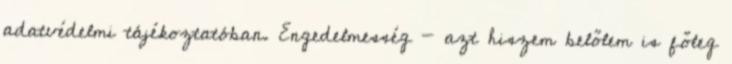
adatvédelmi tájékoztatóban. Engedelmesség - azt hiszem belőlem is főleg